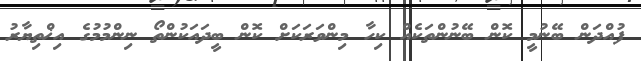
ފުއްދަން ބޭނުމީ ކޮން ބޭނުންތަކެއް ކިހާ މިންވަރަކަށް ކޮން ބީދައަކުންތޯ ނިންމުމުގެ އިޚްތިޔާރު